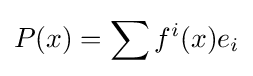
P(x)=\sum f^{i}(x)e_{i}